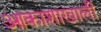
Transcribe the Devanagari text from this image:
आकाशाखाली